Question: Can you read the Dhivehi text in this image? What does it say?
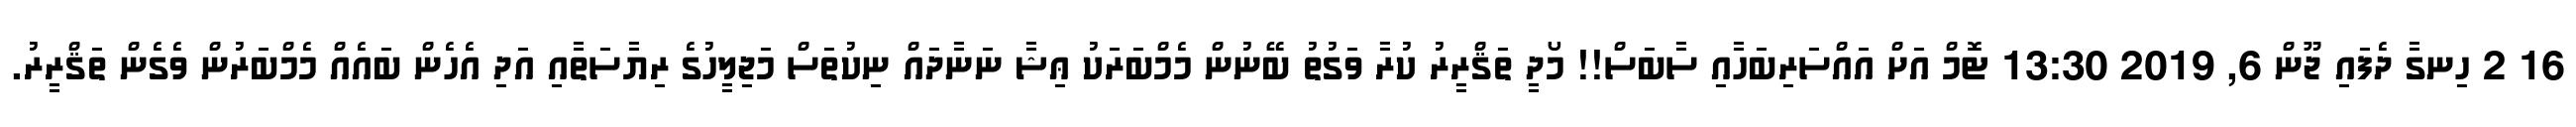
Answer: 16 2 ހިނގާ ދެފައި ޖޫން 6, 2019 13:30 ޓޮމް އަށް އައްސަރިބަހާއި ސާބަސް!! މޯދީ ތަޤްރީރު ކުރާ ވަގުތު ބޭނުން މެމްބަރަކު ޢިޝާ ނަނާދައް ނިކުތަސް މަޖިލީހުގެ ރިޔާސަތާއި އަދި އެހެން ބައެއް މެމްބަރުން ވެގެން ތަޤްރީރު.